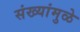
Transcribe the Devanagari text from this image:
संख्यांमुळे